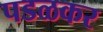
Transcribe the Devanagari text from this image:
पडळकर